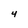
Character: 4